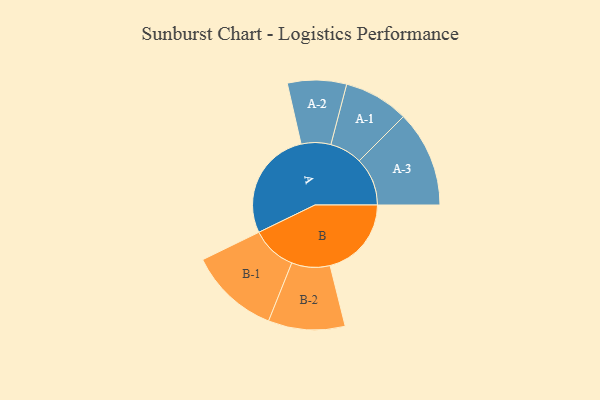
{"axis": {"x": "Segment", "y": "Value"}, "legend": ["", "A", "B"], "data": [{"x": "A", "y": 449, "type": ""}, {"x": "B", "y": 331, "type": ""}, {"x": "A-1", "y": 132, "type": "A"}, {"x": "A-2", "y": 120, "type": "A"}, {"x": "A-3", "y": 196, "type": "A"}, {"x": "B-1", "y": 184, "type": "B"}, {"x": "B-2", "y": 156, "type": "B"}]}